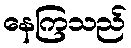
နေကြသည်